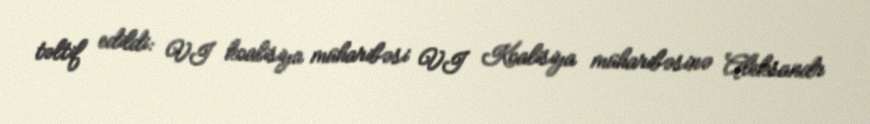
təltif edildi: VI koalisiya müharibəsi VI Koalisiya müharibəsinə Aleksandr